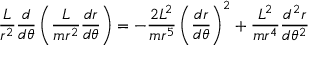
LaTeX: { \frac { L } { r ^ { 2 } } } { \frac { d } { d \theta } } \left( { \frac { L } { m r ^ { 2 } } } { \frac { d r } { d \theta } } \right) = - { \frac { 2 L ^ { 2 } } { m r ^ { 5 } } } \left( { \frac { d r } { d \theta } } \right) ^ { 2 } + { \frac { L ^ { 2 } } { m r ^ { 4 } } } { \frac { d ^ { 2 } r } { d \theta ^ { 2 } } }